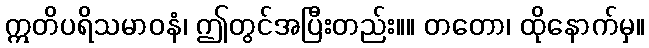
ဣတိပရိသမာဝနံ၊ ဤတွင်အပြီးတည်း။။ တတော၊ ထိုနောက်မှ။